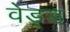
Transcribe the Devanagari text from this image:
वेड्ड